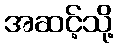
အဆင့်သို့